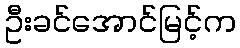
ဦးခင်အောင်မြင့်က